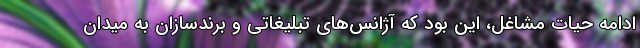
ادامه حیات مشاغل، این بود که آژانس‌های تبلیغاتی و برندسازان به میدان